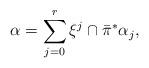
LaTeX: \begin{align*} \alpha=\sum_{j=0}^r \xi^j \cap {\bar \pi}^* \alpha_j,\end{align*}